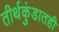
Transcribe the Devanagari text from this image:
तीर्थकुंडातही